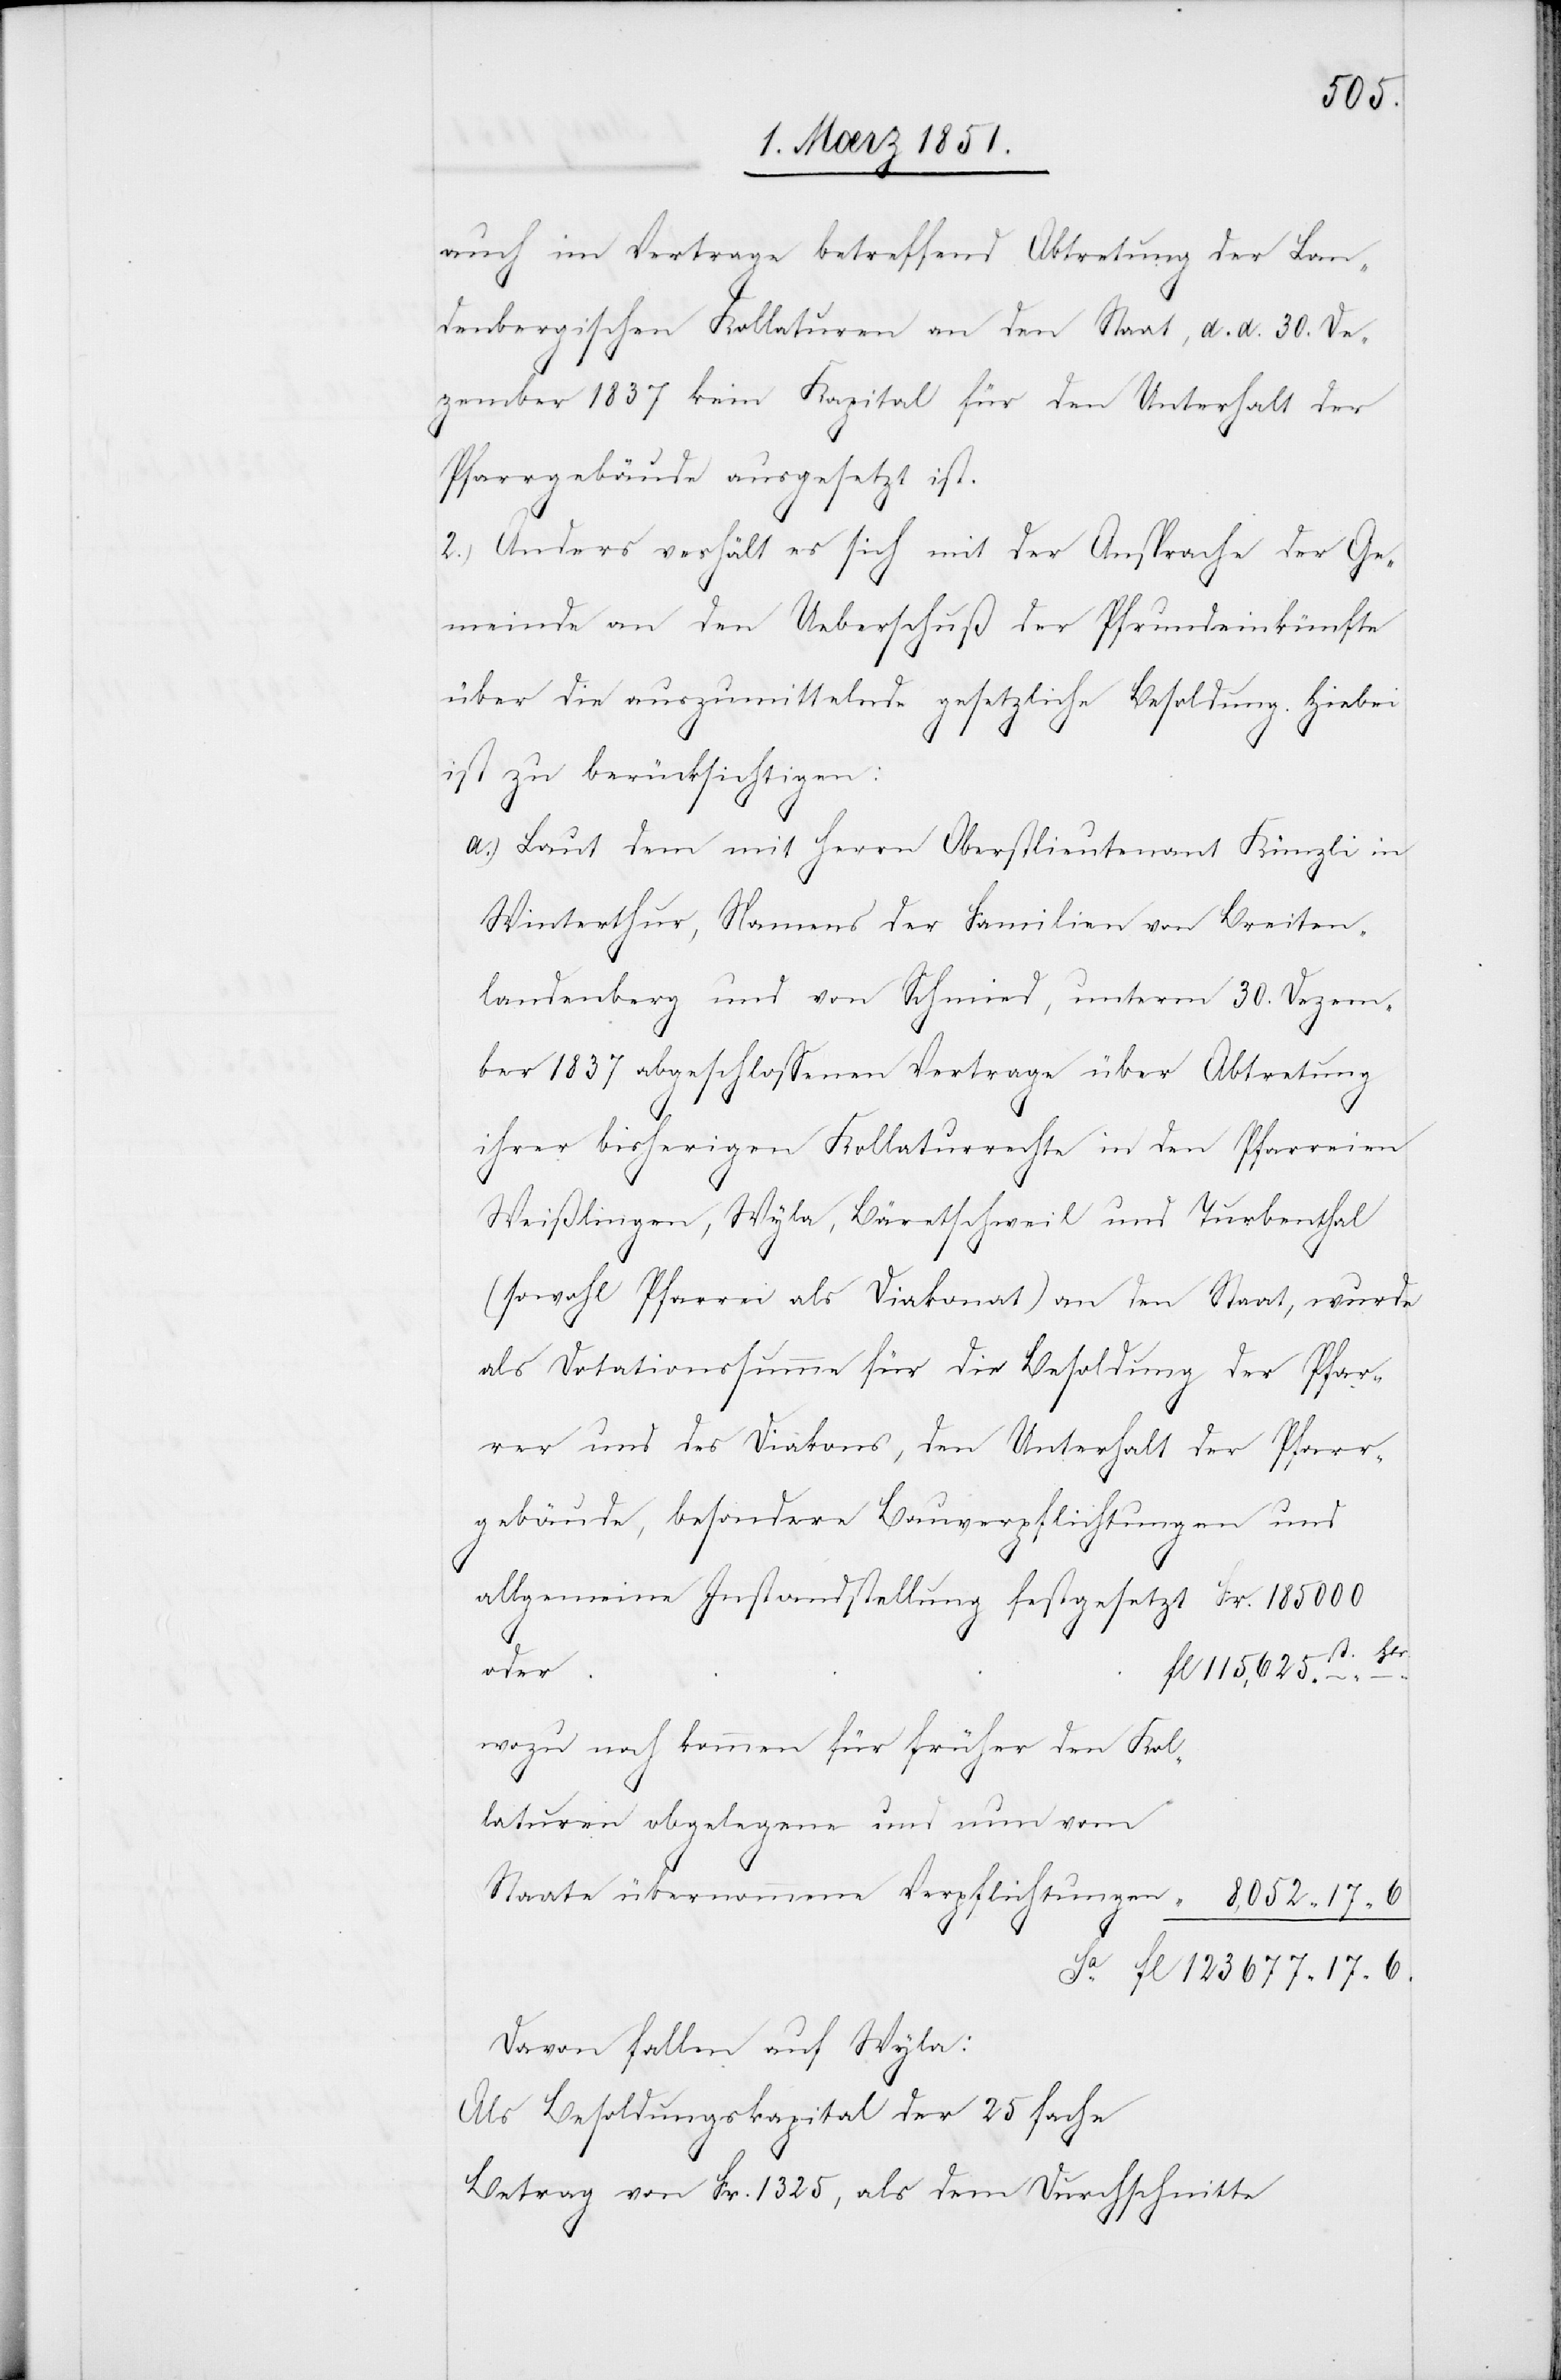
8,052
auch im Vertrage betreffend Abtretung der Lan¬
denbergischen Kollaturen an den Staat, d. d. 30. De¬
zember 1837 kein Kapital für den Unterhalt der
Pfarrgebäude ausgesetzt ist.
2.) Anders verhält es sich mit der Ansprache der Ge¬
meinde an den Ueberschuß der Pfrundeinkünfte
über die auszumittelnde gesetzliche Besoldung. Hiebei
ist zu berücksichtigen:
6.
Laut dem mit Herrn Oberstlieutenant Künzli in
Winterthur, Namens der Familien von Breiten¬
landenberg und von Schmied, unterm 30. Dezem¬
ber 1837 abgeschlossenen Vertrage über Abtretung
Hlr.
ihrer bisherigen Kollaturrechte in den Pfarreien
Weißlingen, Wyla, Bäretschweil und Turbenthal
(sowohl Pfarrei als Diakonat) an den Staat, wurde
als Dotationssumme für die Besoldung der Pfar¬
rer und des Diakons, den Unterhalt der Pfarr¬
gebäude, besondere Bauverpflichtungen und
oder
wozu noch kommen für früher den Kol¬
laturen obgelegene und nun vom
Davon fallen auf Wyla:
Als Besoldungskapital der 25fache
Betrag von Fr. 1325, als dem Durchschnitte